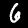
Label: 6